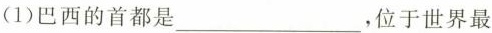
(1)巴西的首都是 ___，位于世界最